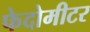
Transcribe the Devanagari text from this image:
फेदोमीटर